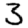
Digit: 3